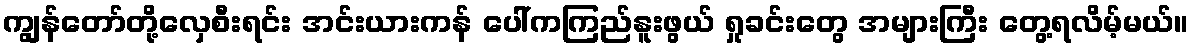
ကျွန်တော်တို့လှေစီးရင်း အင်းယားကန် ပေါ်ကကြည်နူးဖွယ် ရှုခင်းတွေ အများကြီး တွေ့ရလိမ့်မယ်။